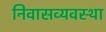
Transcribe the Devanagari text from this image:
निवासव्यवस्था